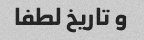
و تاریخ لطفا